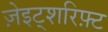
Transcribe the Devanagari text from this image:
ज़ेइट्शरिफ़्ट